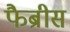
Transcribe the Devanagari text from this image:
फैब्रीस